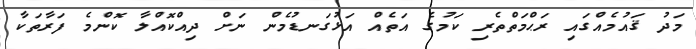
މަދު ޤައުމެއްގައި ރަޙްމަތްތެރި ކަމުގެ އަތެއް އަޅުގަނޑުމެން ނަށް ދިއްކޮއްލާ ކޮންމެ ފަރާތަކާ